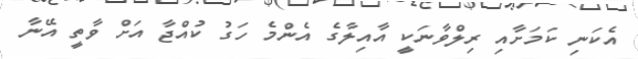
އެކަނި ކަމަށާއި ރިލްވާނަކީ އާއިލާގެ އެންމެ ހަގު ކުއްޖާ އަށް ވާތީ އޭނާ